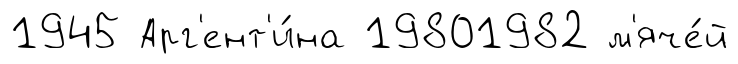
1945 Арг'ент'и́на 19801982 м'яче́й